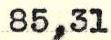
85,31